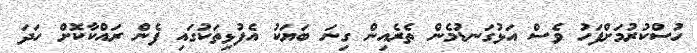
ހުސްކުރުމަށްފަހު ވެސް އަޅުގަނޑުމެން ތެރެއިން ގިނަ ބަޔަކު އެފުޅިތަކުގައި ފެން ރައްކާކޮށް ހަދަ